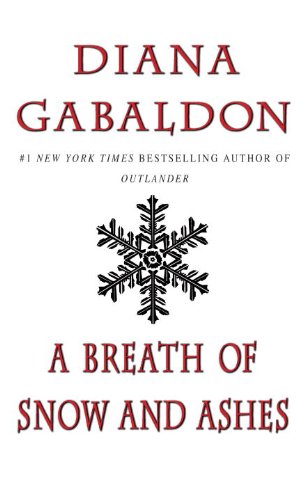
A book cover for A Breath of Snow and Ashes (Outlander); Diana Gabaldon; Science Fiction & Fantasy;